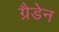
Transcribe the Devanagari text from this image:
ग्रैडेन